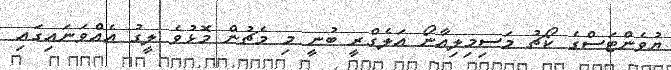
ޔުވެންޓަސްގެ ކޯޗު މަސިމިލިއާނޯ އަލެގްރީ ބުނީ މި މެޗުން މޮޅުވެ ލީގު އެއްވަނައިގައި